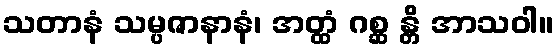
သတာနံ သမ္ပဇာနာနံ၊ အတ္ထံ ဂစ္ဆ န္တိ အာသဝါ။